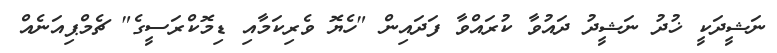
ނަޝީދަކީ ޚުދު ނަޝީދު ދައުވާ ކުރައްވާ ފަދައިން "ހެޔޮ ވެރިކަމާއި ޑިމޮކްރަސީގެ" ޗެމްޕިއަނެއް